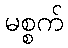
မစ္စက်